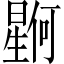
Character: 𪱊